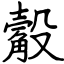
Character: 觳